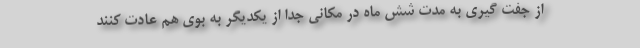
از جفت گیری به مدت شش ماه در مکانی جدا از یکدیگر به بوی هم عادت کنند